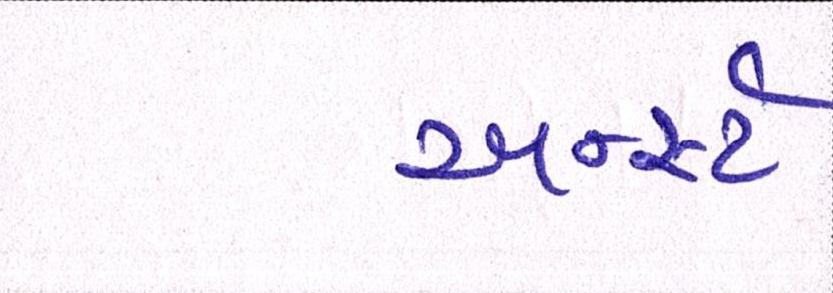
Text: અર્ન્સ્ટ